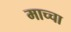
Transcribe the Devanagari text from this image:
माच्चा